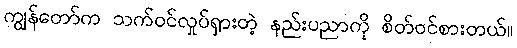
ကျွန်တော်က သက်ဝင်လှုပ်ရှားတဲ့ နည်းပညာကို စိတ်ဝင်စားတယ်။